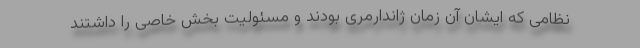
نظامی که ایشان آن زمان ژاندارمری بودند و مسئولیت بخش خاصی را داشتند